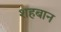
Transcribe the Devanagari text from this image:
शहबान